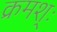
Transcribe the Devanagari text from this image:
क्रमश्ः